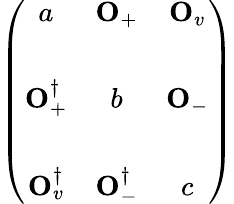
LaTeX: \left(\begin{array}{ccc}{{a}}&{{{\mathbf O}_{+}}}&{{{\mathbf O}_{v}}}\\ {{}}&{{}}&{{}}\\ {{{\mathbf O}_{+}^{\dagger}}}&{{b}}&{{{\mathbf O}_{-}}}\\ {{}}&{{}}&{{}}\\ {{{\mathbf O}_{v}^{\dagger}}}&{{{\mathbf O}_{-}^{\dagger}}}&{{c}}\end{array}\right)